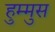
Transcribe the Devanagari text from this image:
हुम्मुस